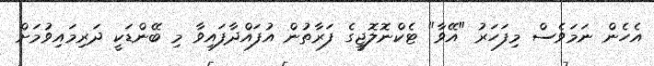
އެހެން ނަމަވެސް މިފަހަރު "އޭވާ" ޓެކްނޮލޮޖީގެ ފަރާތުން އުފައްދާފައިވާ މި ބޭންޑަކީ ދަރިމައިވުމަށް